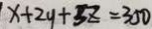
x + 2 y + 5 z = 3 5 0